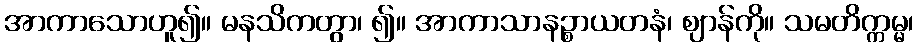
အာကာသောဟူ၍။ မနသိကတွာ၊ ၍။ အာကာသာနဉ္စာယတနံ၊ ဈာန်ကို။ သမတိက္ကမ္မ၊